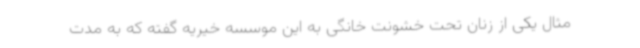
مثال یکی از زنان تحت خشونت خانگی به این موسسه خیریه گفته که به مدت